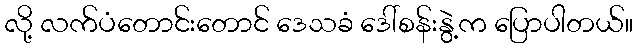
လို့ လက်ပံတောင်းတောင် ဒေသခံ ဒေါ်စန်းနွဲ့က ပြောပါတယ်။